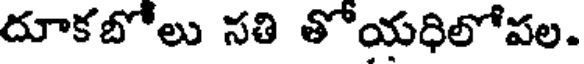
దూకబోలు సతి తోయధిలోపల.